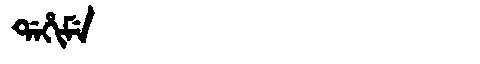
Manchu: ᡩᠠᡥᡳᠮᡝ
Romanization: DAHIME